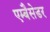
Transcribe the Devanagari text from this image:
एम्बैसेडर